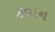
કવાન